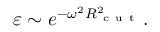
\varepsilon \sim e ^ { - \omega ^ { 2 } R _ { \mathrm { ~ c ~ u ~ t ~ } } ^ { 2 } } .